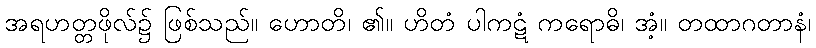
အရဟတ္တဖိုလ်၌ ဖြစ်သည်။ ဟောတိ၊ ၏။ ဟိတံ ပါကဋံ ကရောဓိ၊ အံ့။ တထာဂတာနံ၊